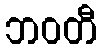
ဘဝတီ